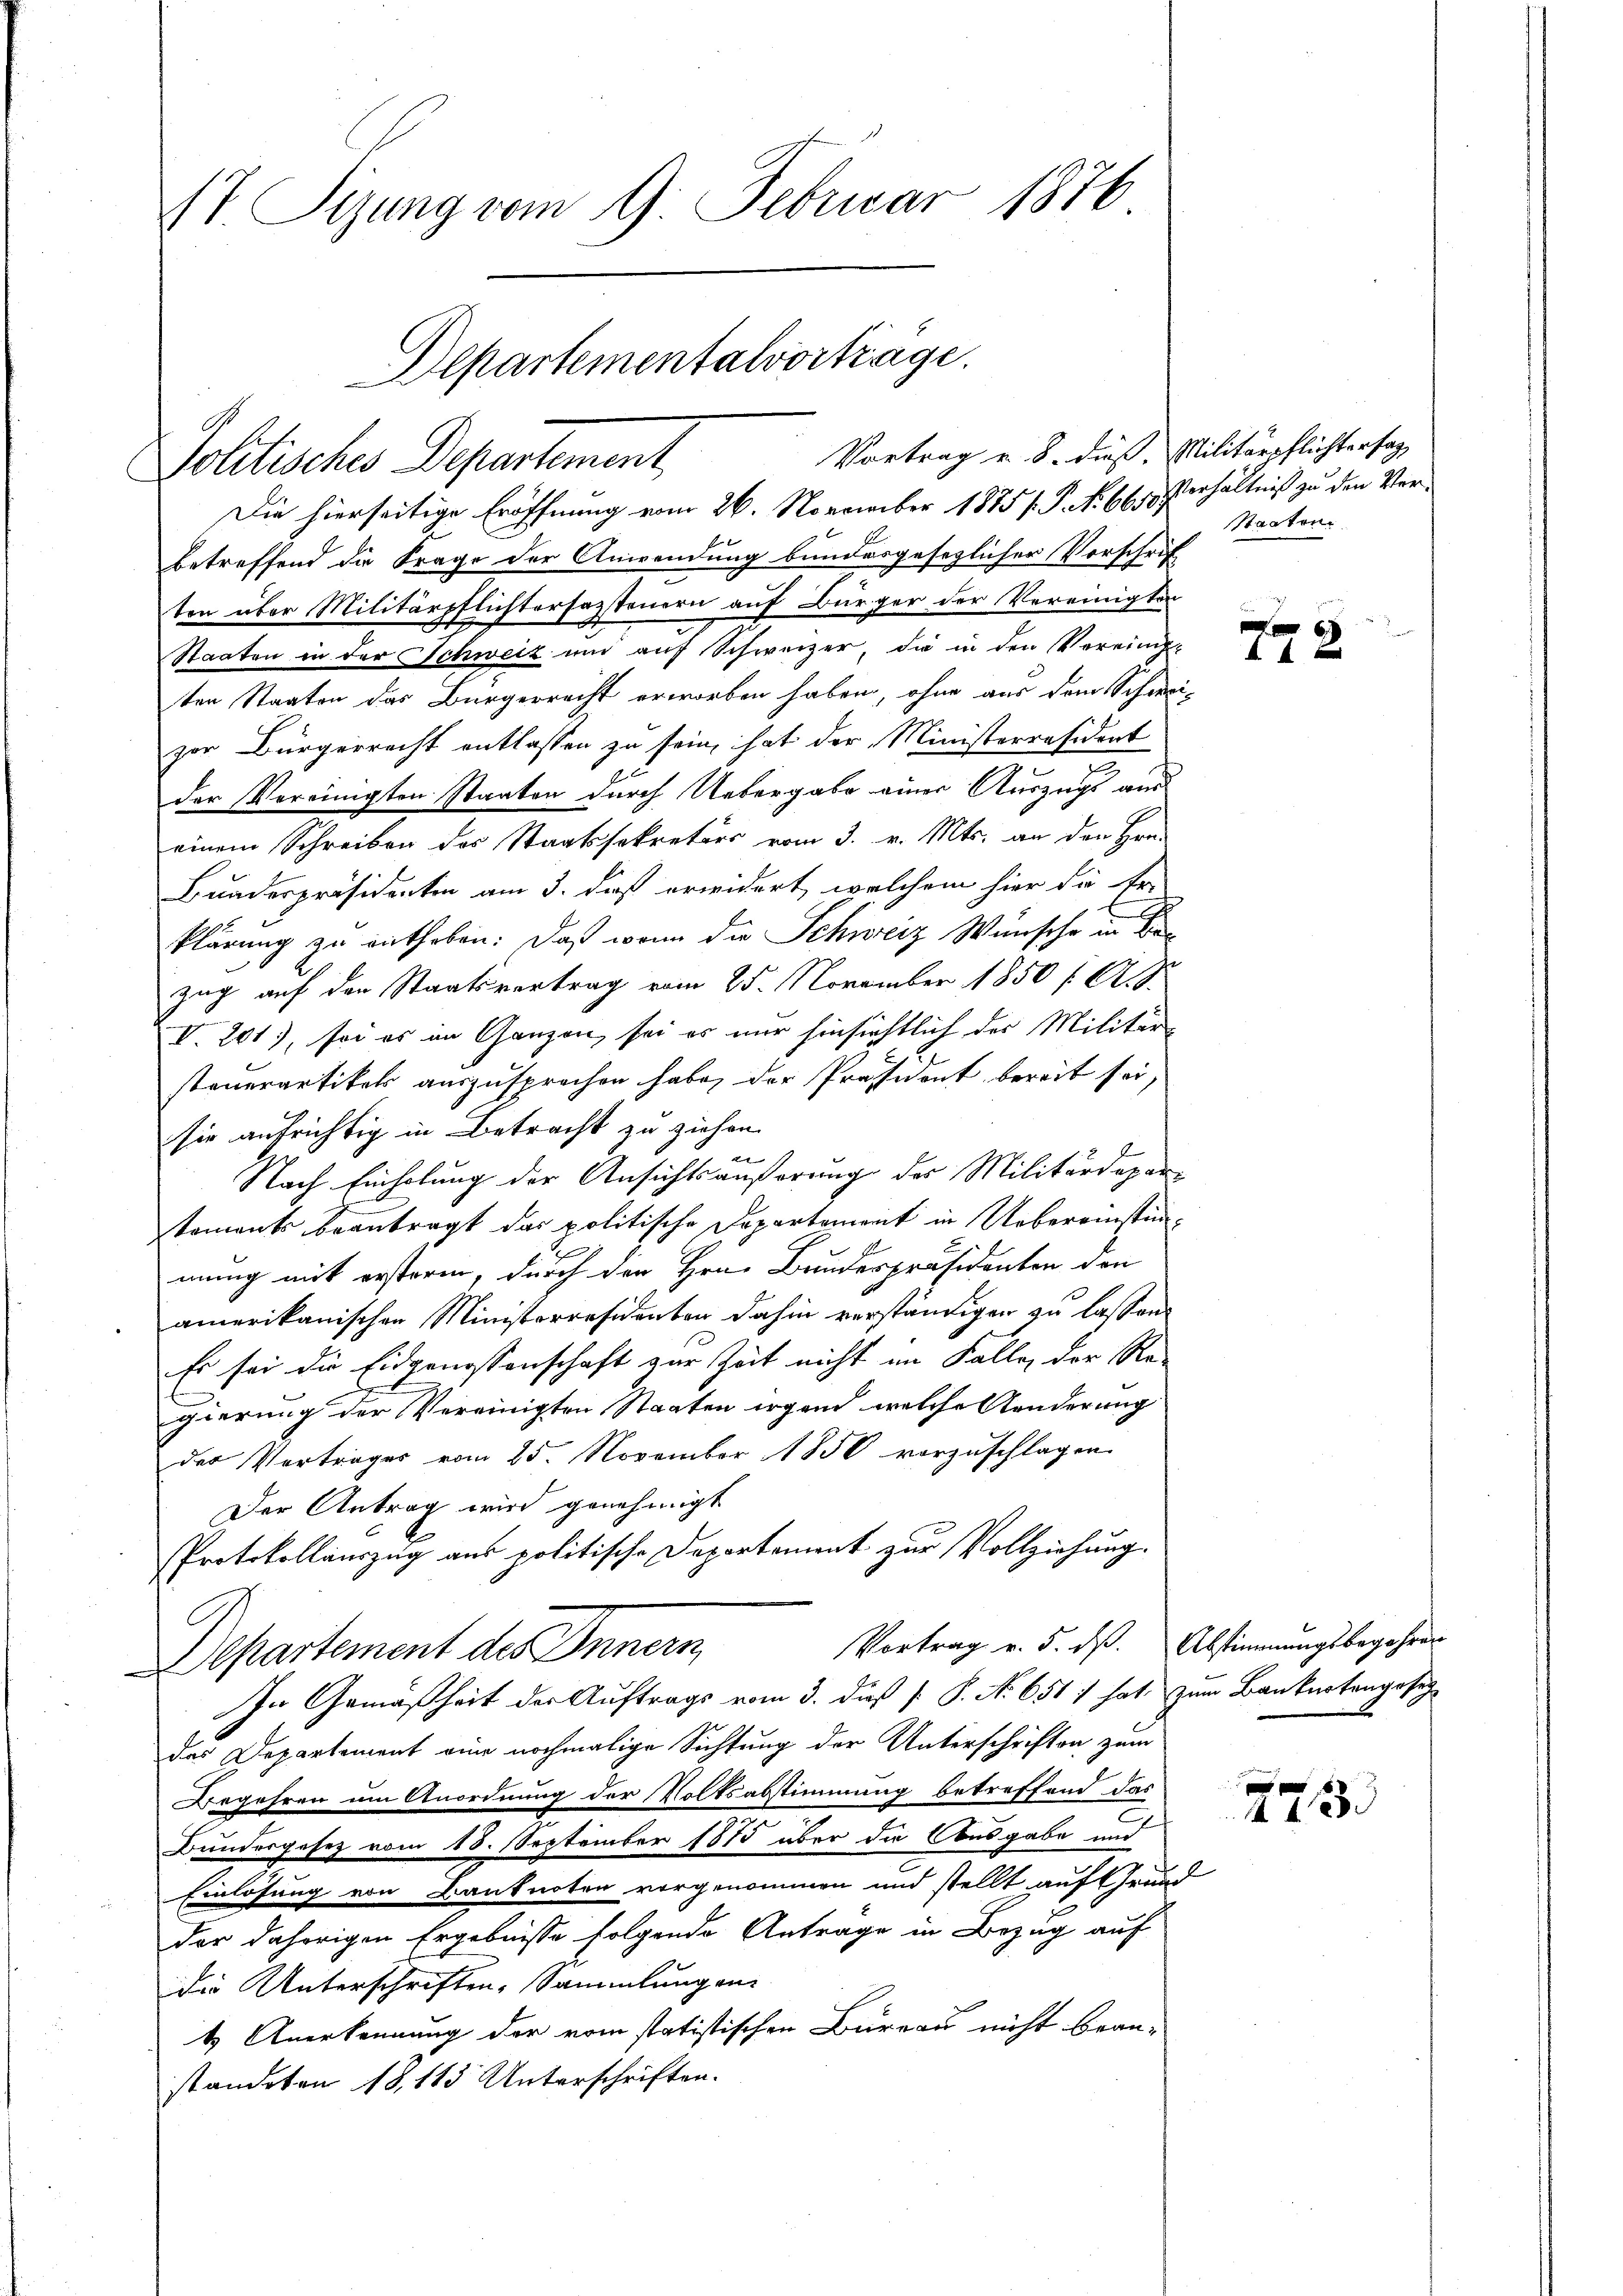
17 Sizung vom 9. Februar 1876
Aepartementalvortrage.

Politisches Departement
Die hierseitige Eröffnung vom 26. November 1875 f. P. Nr. 66. Verhältniß zu den Verbetreffend die Frage der Anwendung bundesgesezlicher Vorschrif
ten über Militärpflichterfassteuern auf Bürger der Vereinigten
Staaten in der Schweiz und auf Schweizer, die in den Vereinig-
ten Staaten das Bürgerrecht erworben haben, ohne aus dem Schweizur Bürgerrecht entlassen zu sein, hat der Ministerräsident
der Vereinigten Staaten durch Uebergabe einer Auszugs aus
einem Schreiben des Staatssekretärs vom 3. v. Mts. an den Hrn.
Buaderpräsidenten am 3. daß erwidert, welchem hier die Er-
klärung zu enthoben: Daß wenn die Schweiz Wünsche in Be
zug auf den Staatsvertrag vom 25. November 1850 f. 11.
V. 201), sei es im Ganzen sei es nur hinsichtlich der Militärsteuerartikels auszusprochen habe, der Präsident bereit sei,
sie aufrichtig in Betracht zu ziehen.
t
Nach Einholung der Ansichtsäußerung des Militärdepartoments beantragt das politische Departement in Uebereinstimmung mit erstoren, durch den Hrn. Bundespräsidenten den
amerikanischen Ministerresidenten dahin verständigen zu lassen.
Es sei die Eidgenossenschaft zur Zeit nicht im Falle, der Regierung der Vereinigten Staaten irgend, welche Aenderung
der Vortrages vom 25. November 1850 vorzuschlagen
Der Antrag wird genehmigt
Protokollauszug aus politische Departement zur Vollziehung.
Vortrag v. 5. dß. Abstimmungsbegehren
Departement des Innern
In Gemäßheit der Auftrags vom 3. dieß P. No 651 1 hat, zum Banknotengesetz
das Departement eine nochmalige Sichtung der Unterschriften zum
Begehren um Anordnung der Volksabstimmung betreffend das
Bundergesez vom 18. September 1873 über die Ausgabe und
Einlösung von Banknoten vorgenommen und stellt auf Grund
der daherigen Ergebnisse folgende Antrage in Bezug auf
die Unterschriften, sammlung an
4) Anerkennung der vom statistischen Bureau nicht bean-
standeten 18, 113 Unterschriften.

Vortrag u. 8. dieß. Militärpflichtersag

Staaten

772

2733